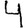
Digit: 4